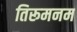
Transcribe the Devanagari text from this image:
तिरूमनम